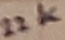
Text: 22K